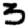
Digit: 3